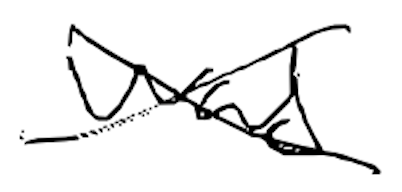
Text: was
Cross-out: cross
Writing tool: digital_black